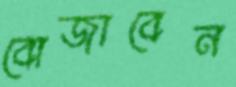
বোজাবেন